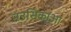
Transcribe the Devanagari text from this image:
नउसिकाआ